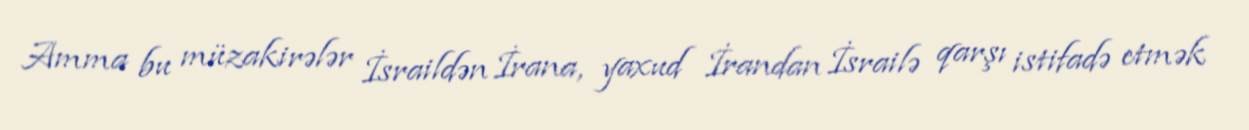
Amma bu müzakirələr İsraildən İrana, yaxud İrandan İsrailə qarşı istifadə etmək